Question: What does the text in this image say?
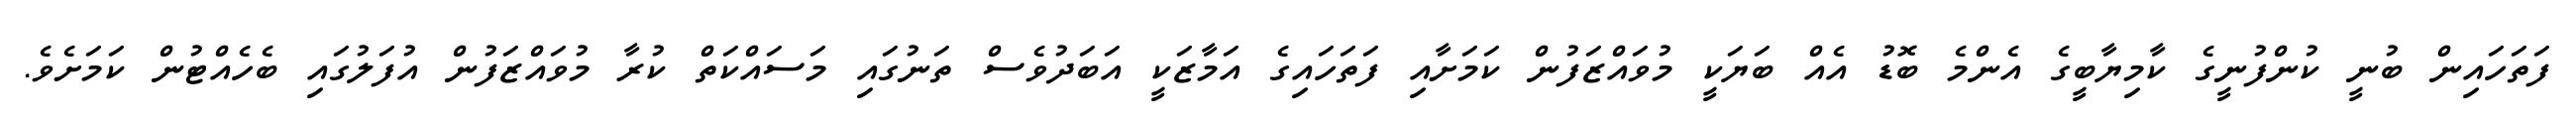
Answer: ފަތަހައިން ބުނީ ކުންފުނީގެ ކާމިޔާބީގެ އެންމެ ބޮޑު އެއް ބަޔަކީ މުވައްޒަފުން ކަމަށާއި ފަތަހައިގެ އަމާޒަކީ އަބަދުވެސް ތަނުގައި މަސައްކަތް ކުރާ މުވައްޒަފުން އުފަލުގައި ބެހެއްޓުން ކަމަށެވެ.